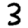
Digit: 3